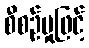
စီစဉ်မှုဖြင့်